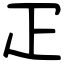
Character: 疋